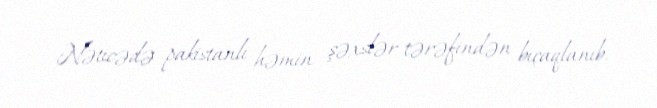
Nəticədə pakistanlı həmin şəxslər tərəfindən bıçaqlanıb.